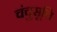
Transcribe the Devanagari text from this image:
चंचुसूचि